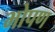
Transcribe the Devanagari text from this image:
भोपण